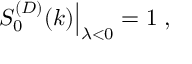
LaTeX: \left. S _ { 0 } ^ { ( D ) } ( k ) \right| _ { \lambda < 0 } = 1 \; ,